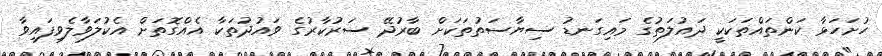
ހުށަހަޅާ ކަންތައްތަކަކީ ދައުލަތުގެ މައިގަނޑު ސިޔާސަތުތަކަށް ބާރުދޭ ސަރުކާރުގެ ވައުދުތަކާ އެއްގޮތަށް އެކުލަވާލެވިފައިވާ